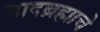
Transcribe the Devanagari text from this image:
नादब्रह्माचे